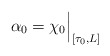
\begin{align*}\alpha_0 = \chi_0 \Big|_{[\tau_0,L]}\end{align*}